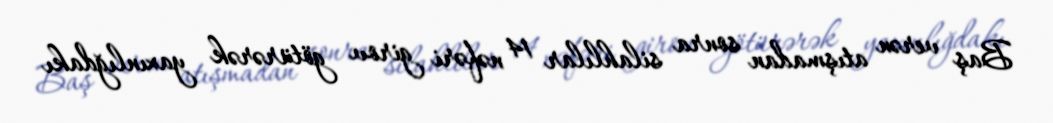
Baş verən atışmadan sonra silahlılar 14 nəfəri girov götürərək yaxınlığdakı